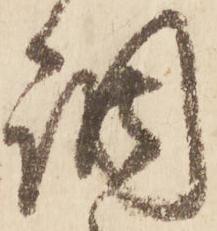
調